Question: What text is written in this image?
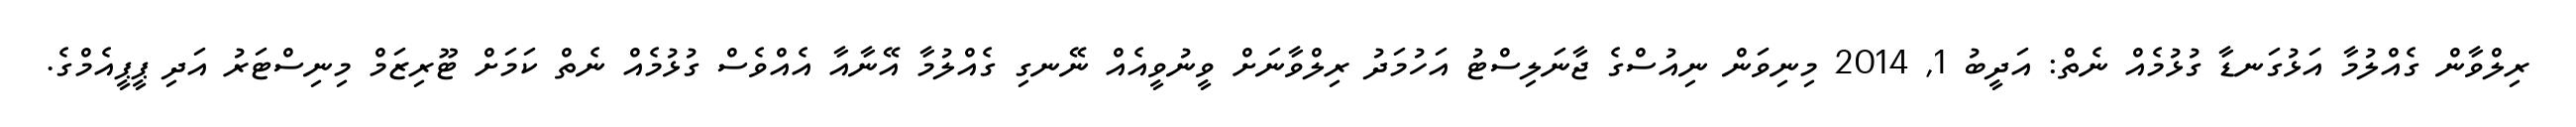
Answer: ރިލްވާން ގެއްލުމާ އަޅުގަނޑާ ގުޅުމެއް ނެތް: އަދީބު 1, 2014 މިނިވަން ނިއުސްގެ ޖާނަލިސްޓު އަހުމަދު ރިލްވާނަށް ވީނުވީއެއް ނޭނގި ގެއްލުމާ އޭނާއާ އެއްވެސް ގުޅުމެއް ނެތް ކަމަށް ޓޫރިޒަމް މިނިސްޓަރު އަދި ޕީޕީއެމްގެ.